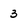
Character: 3